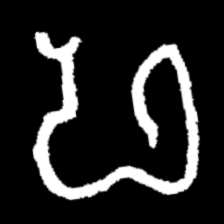
Pyu character \u2014 Myanmar letter: ဖ (romanized: pha)